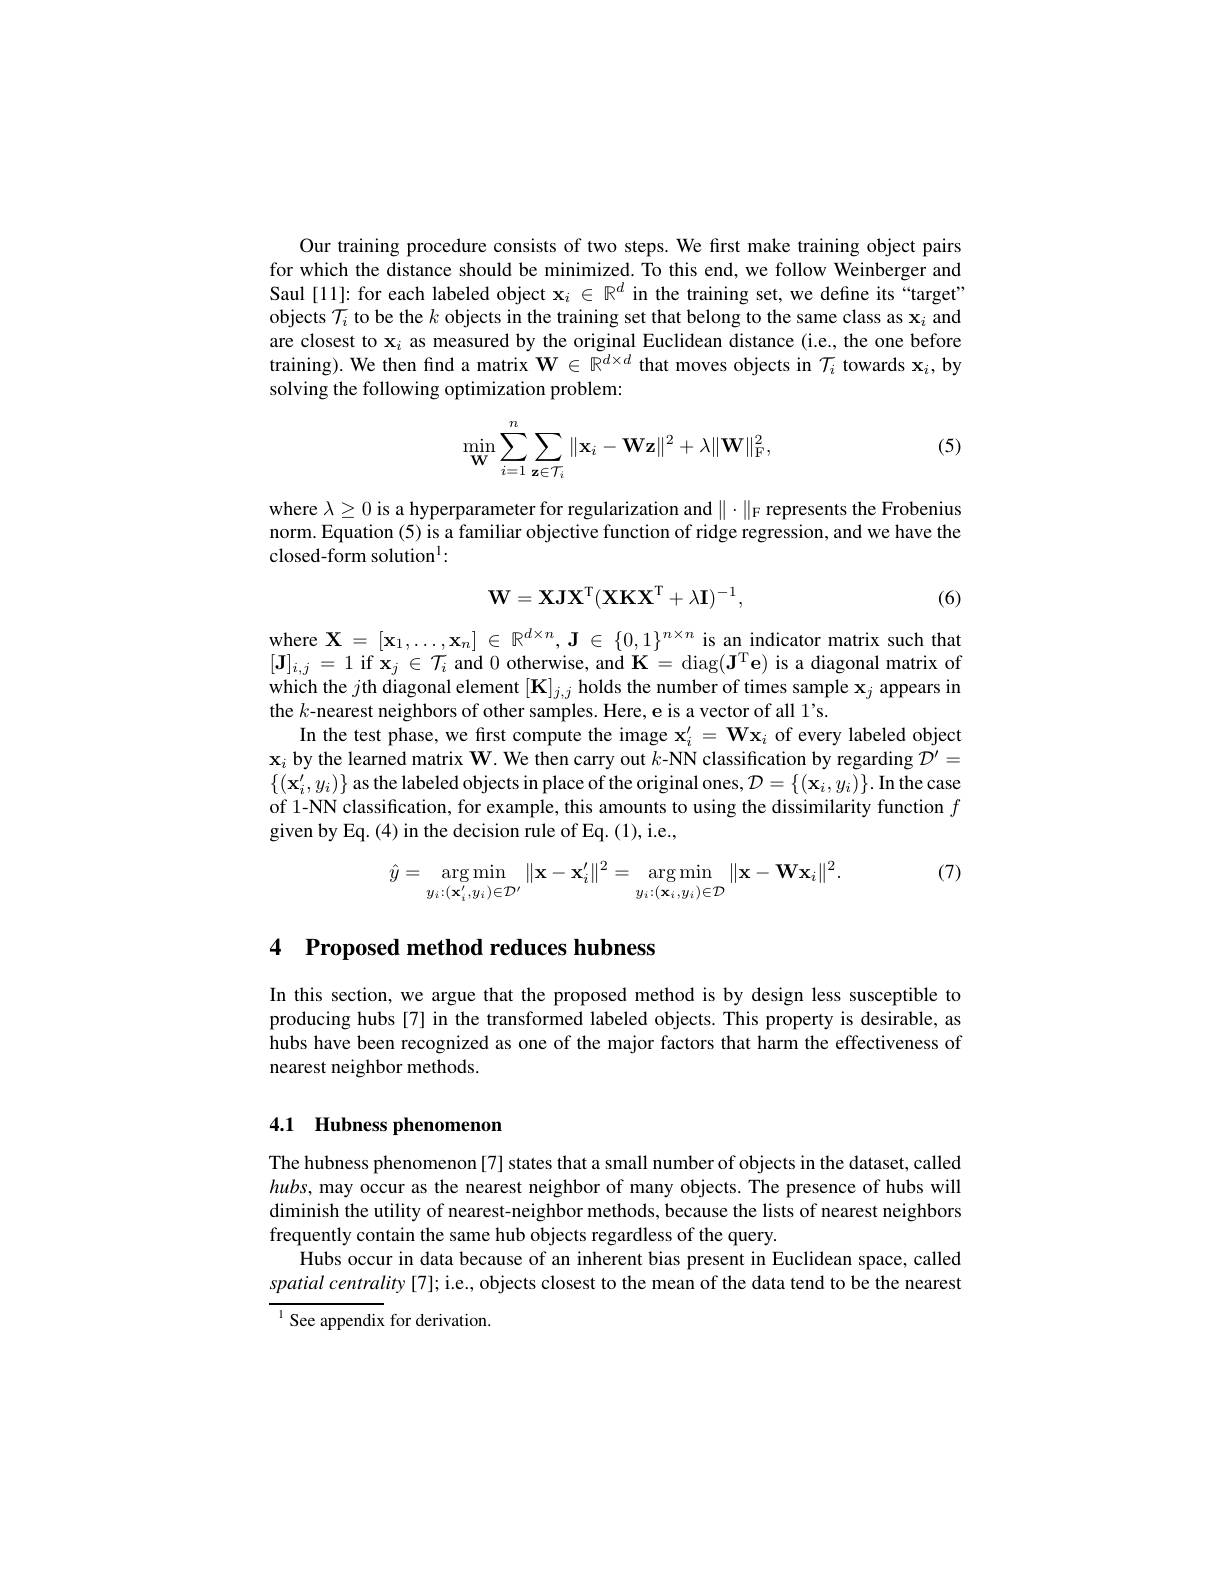
Our training procedure consists of two steps. We first make training object pairs for which the distance should be minimized. To this end, we follow Weinberger and Saul [11]: for each labeled object $\mathbf{x}_i\in\mathbb{R}^d$ in the training set, we define its“target” objects $\mathcal{T}_i$ to be the $k$ objects in the training set that belong to the same class as $\mathbf{x}_i$ and are closest to $\mathbf{x}_i$ as measured by the original Euclidean distance (i.e., the one before training). We then find a matrix $\mathbf{W}\in\mathbb{R}^d\times d$ that moves objects in $\mathcal{T}_i$ towards $\mathbf{x}_i$,by solving the following optimization problem:

(5)
$$\min\limits_{\mathbf{W}}\sum\limits_{i=1}^{n}\sum\limits_{\mathbf{z}\in\mathcal{T}_{i}}\|\mathbf{x}_{i}-\mathbf{W}\mathbf{z}\|^{2}+\lambda\|\mathbf{W}\|_{\mathrm{F}}^{2},$$
where $\lambda\geq0$ is a hyperparameter for regularization and $\|\cdot\|_{\mathcal{F}}$ represents the Frobenius norm. Equation (5) is a familiar objective function of ridge regression, and we have the closed-form solution$^{\mathrm{l}}:$
$$\mathbf{W}=\mathbf{X}\mathbf{J}\mathbf{X}^\mathrm{T}(\mathbf{X}\mathbf{K}\mathbf{X}^\mathrm{T}+\lambda\mathbf{I})^{-1},$$
(6)

$\begin{array}{l}{\mathrm{where~X=[x_{1},\ldots,x_{n}]~\in~\mathbb{R}^{d\times n},~J\in~\{0,1\}^{n\times n}~is~an~indicator~matrix~such~that}}\\{[\mathbf{J}]_{i,j}=1~\mathrm{if~x_{j}\in~\mathcal{T}_{i}~and~0~otherwise,~and~K=~diag(J^{T}e)~is~a~diagonal~matrix~off}}\\{[1-1-1-1-1-1-1-1-1-1-1-1-1-1-1-1-1-1-1-1-1-1-1-1-1-1-1-1-1-}\end{array}$ which the $j$th diagonal element $[\mathbf{K}]_j,j$ holds the number of times sample $\mathbf{x}_j$ appears in the $k$-nearest neighbors of other samples. Here, e is a vector of all 1's.
In the test phase, we first compute the image $\mathbf{x}_i^{\prime}=\mathbf{W}\mathbf{x}_i$ of every labeled object $\mathbf{x}_i$ by the learned matrix W. We then carry out $k$-NN classification by regarding $\mathcal{D}^\prime=$ $\{(\mathbf{x}_i^{\prime},y_i)\}$ as the labeled objects in place of the original ones, $\mathcal{D}=\{(\mathbf{x}_i,y_i)\}.$ In the case of 1-NN classification, for example, this amounts to using the dissimilarity function $f$ given by Eq. (4) in the decision rule of Eq. (1), i.e.,

(7)
$$\hat{y}=\underset{y_i:(\mathbf{x}_i',y_i)\in\mathcal{D}'}{\arg\min}_{y_i:(\mathbf{x}_i',y_i)\in\mathcal{D}'}\|\mathbf{x}-\mathbf{x}_i'\|^2=\underset{y_i:(\mathbf{x}_i,y_i)\in\mathcal{D}}{\arg\min}_{\|\mathbf{x}-\mathbf{W}\mathbf{x}_i\|^2}.$$
# 4 Proposed method reduces hubness

In this section, we argue that the proposed method is by design less susceptible to producing hubs [7] in the transformed labeled objects. This property is desirable, as hubs have been recognized as one of the major factors that harm the effectiveness of nearest neighbor methods.

## 4.1 Hubness phenomenon

The hubness phenomenon[7] states that a small number of objects in the dataset, called $hubs$, may occur as the nearest neighbor of many objects. The presence of hubs will diminish the utility of nearest-neighbor methods, because the lists of nearest neighbors frequently contain the same hub objects regardless of the query.
Hubs occur in data because of an inherent bias present in Euclidean space, called spatial centrality [7]; i.e., objects closest to the mean of the data tend to be the nearest $^{1}$ See appendix for derivation.